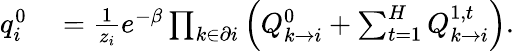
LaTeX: \begin{array}{rl}{q_{i}^{0}}&{{}=\frac{1}{z_{i}}e^{-\beta}\prod_{k\in\partial i}\left(Q_{k\rightarrow i}^{0}+\sum_{t=1}^{H}Q_{k\rightarrow i}^{1,t}\right).}\end{array}